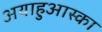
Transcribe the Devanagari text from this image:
अयाहुआस्का